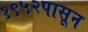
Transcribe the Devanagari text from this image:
१९५२पासून